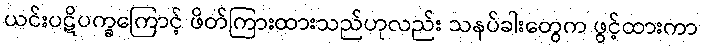
ယင်းပဋိပက္ခကြောင့် ဖိတ်ကြားထားသည်ဟုလည်း သနပ်ခါးတွေက ဖွင့်ထားကာ